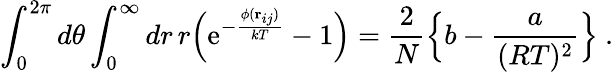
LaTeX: \int_{0}^{2\pi}d\theta\int_{0}^{\infty}dr\, r\Bigl(\mathrm{e}^{-{\frac{\phi({\mathbf r}_{ij})}{kT}}}-1\Bigr)={\frac{2}{N}}\Bigl\{ b-{\frac{a}{(RT)^{2}}}\Bigr\} \ .